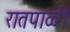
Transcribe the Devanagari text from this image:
रातपाळी